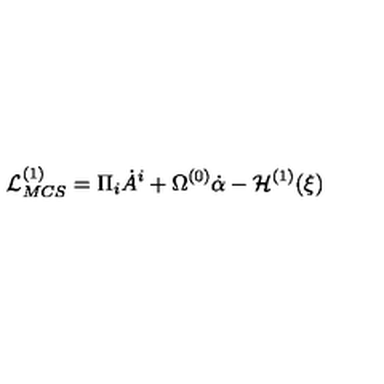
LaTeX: { \cal L } _ { M C S } ^ { ( 1 ) } = \Pi _ { i } \dot { A } ^ { i } + \Omega ^ { ( 0 ) } \dot { \alpha } - { \cal H } ^ { ( 1 ) } ( \xi )